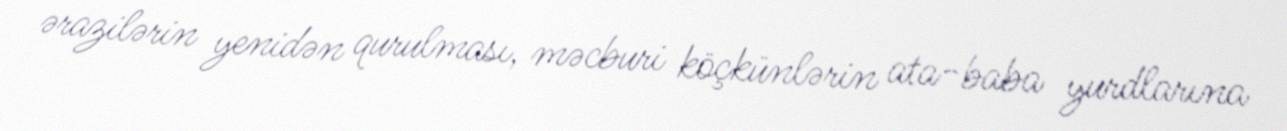
ərazilərin yenidən qurulması, məcburi köçkünlərin ata-baba yurdlarına